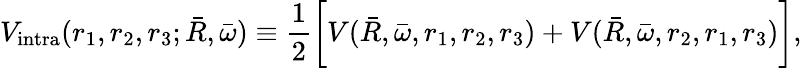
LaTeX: V_{\mathrm{intra}}(r_{1},r_{2},r_{3};\bar{R},\bar{\omega})\equiv{\frac{1}{2}}\bigg[V(\bar{R},\bar{\omega},r_{1},r_{2},r_{3})+V(\bar{R},\bar{\omega},r_{2},r_{1},r_{3})\bigg],